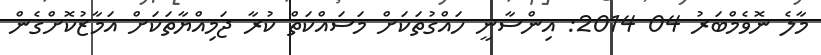
މާލެ ނޮވެމްބަރު 04 2014: އިންސާނީ ހައްގުތަކަށް މަސައްކަތް ކުރާ ޖަމިއްޔާތަކަށް އަމާޒުކޮށްގެން